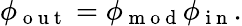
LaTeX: \phi_{\mathrm{~o~u~t~}}=\phi_{\mathrm{~m~o~d~}}\phi_{\mathrm{~i~n~}}.